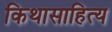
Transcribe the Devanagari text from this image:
किथासाहित्य